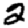
Digit: 2